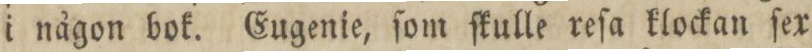
i någon bok. Eugenie, ſom ſkulle reſa klockan ſex